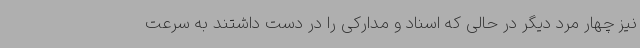
نیز چهار مرد دیگر در حالی که اسناد و مدارکی را در دست داشتند به سرعت